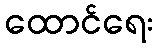
ထောင်ရေး